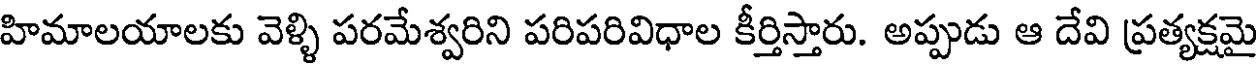
హిమాలయాలకు వెళ్ళి పరమేశ్వరిని పరిపరివిధాల కీర్తిస్తారు. అప్పుడు ఆ దేవి ప్రత్యక్షమై